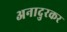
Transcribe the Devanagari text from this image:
अनादुरकर